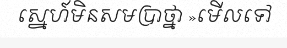
ស្នេហ៍មិនសមប្រាថ្នា »មើលទៅ